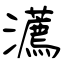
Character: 瀳